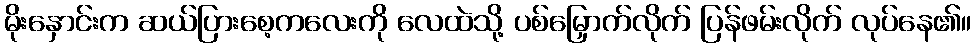
မိုးနှောင်းက ဆယ်ပြားစေ့ကလေးကို လေထဲသို့ ပစ်မြှောက်လိုက် ပြန်ဖမ်းလိုက် လုပ်နေ၏။